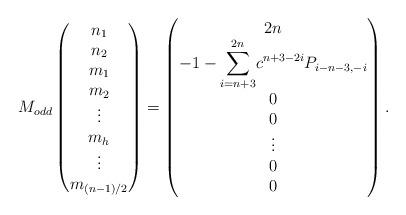
LaTeX: \begin{align*} M_{odd} \begin{pmatrix} n_1 \\ n_2 \\ m_1 \\ m_2 \\ \vdots \\ m_h \\ \vdots \\ m_{(n-1)/2} \end{pmatrix} = \begin{pmatrix}2n \\ -1 - \displaystyle{\sum_{i=n+3}^{2n}} c^{n+3-2i}P_{i-n-3,-i} \\ 0 \\ 0 \\ \vdots \\ 0 \\ 0 \\ \end{pmatrix}. \end{align*}